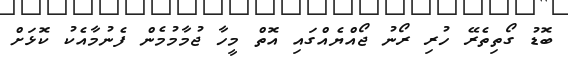
ބޮޑު ގޯތިތެރޭ ހުރި ރޯނު ޖޯއްޔެއްގައި އޮތް މީހާ ޖުމާމުމެން ފެނުމާއެކު ކޮޅަށް